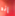
إنه